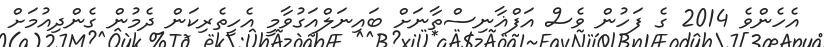
އެހެންވެ 2014 ގެ ފަހުން ވެސް އަފްޣާނިސްތާނަށް ބައިނަލްއަގުވާމީ އެހީތެރިކަން ދެމުން ގެންދިއުމަށް